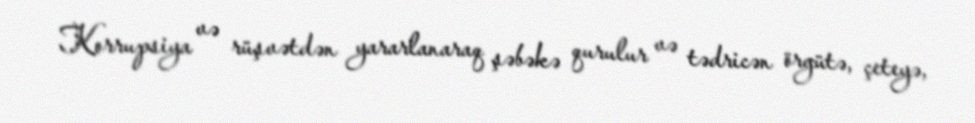
Korrupsiya və rüşvətdən yararlanaraq şəbəkə qurulur və tədricən örgütə, çeteyə,